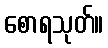
စောရသုတ်။